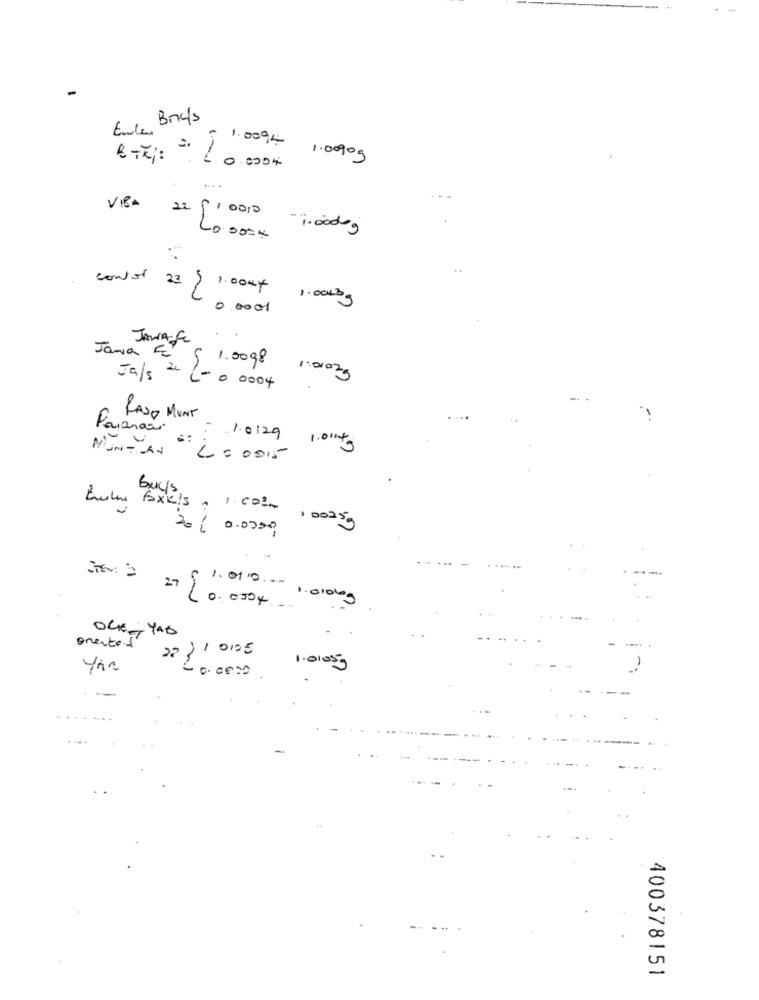
Ence Bricks
1.009,4 1.0090g
10.000%
....
cont or 23 } 1.00mf 1.00kbs
0.0001
JANALE
Jana E
1.0098 1010kg
Jafs à L=0 0004
RASO MUNT
Paranari
INT CAN
- 1.0129 100kg
2= 0015
Buyis
truls foxiels , 1.002- 1 0025g
20/ 0.0000
1.01.0- 10100g
27/ 0.0504 ....
OGE- YAG
onente.+
2.2 1 10105
1.0105g
-
LO.CEM
--
...
400378151